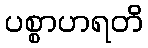
ပစ္စာဟရတိ